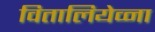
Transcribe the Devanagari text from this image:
वितालियेव्ना